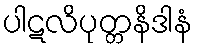
ပါဋလိပုတ္တနိဒါနံ